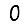
Digit: 0